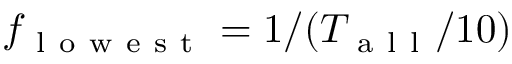
f _ { \mathrm { ~ l ~ o ~ w ~ e ~ s ~ t ~ } } = 1 / ( T _ { \mathrm { ~ a ~ l ~ l ~ } } / 1 0 )